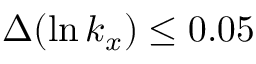
{ \Delta } ( \ln k _ { x } ) \leq 0 . 0 5